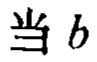
当 \(b\)